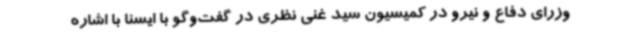
وزرای دفاع و نیرو در کمیسیون سید غنی نظری در گفت‌وگو با ایسنا با اشاره